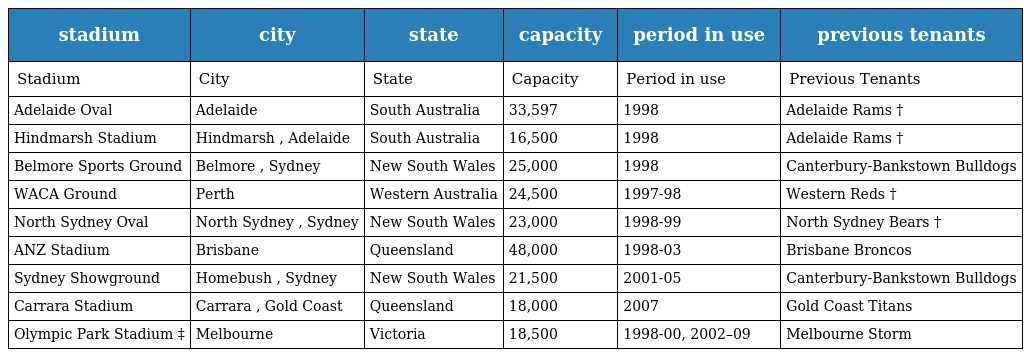
| stadium | city | state | capacity | period in use | previous tenants |
 | --- | --- | --- | --- | --- | --- |
 | Stadium | City | State | Capacity | Period in use | Previous Tenants |
 | Adelaide Oval | Adelaide | South Australia | 33,597 | 1998 | Adelaide Rams † |
 | Hindmarsh Stadium | Hindmarsh , Adelaide | South Australia | 16,500 | 1998 | Adelaide Rams † |
 | Belmore Sports Ground | Belmore , Sydney | New South Wales | 25,000 | 1998 | Canterbury-Bankstown Bulldogs |
 | WACA Ground | Perth | Western Australia | 24,500 | 1997-98 | Western Reds † |
 | North Sydney Oval | North Sydney , Sydney | New South Wales | 23,000 | 1998-99 | North Sydney Bears † |
 | ANZ Stadium | Brisbane | Queensland | 48,000 | 1998-03 | Brisbane Broncos |
 | Sydney Showground | Homebush , Sydney | New South Wales | 21,500 | 2001-05 | Canterbury-Bankstown Bulldogs |
 | Carrara Stadium | Carrara , Gold Coast | Queensland | 18,000 | 2007 | Gold Coast Titans |
 | Olympic Park Stadium ‡ | Melbourne | Victoria | 18,500 | 1998-00, 2002–09 | Melbourne Storm |